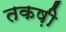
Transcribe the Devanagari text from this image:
तकष़ी